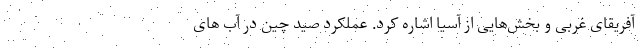
‌آفریقای غربی و بخش‌هایی از آسیا اشاره کرد. عملکرد صید چین در آب های